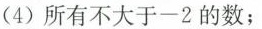
(4)所有不大于-2的数；